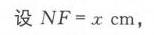
设\(NF = x\mathrm{cm}\)，